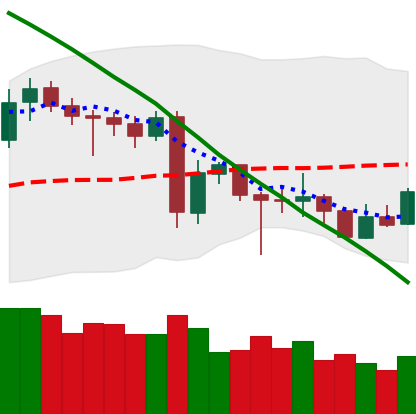
Ticker: LTC-USD
Chart end date: 2020-06-22
Forward return: -5.957%
Label: down_5_7